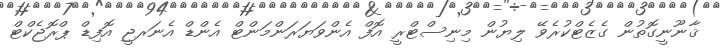
ޤާނޫނީގޮތުން ގެޒެޓްކުރެވޭ ލިޔުން މިނިސްޓްރީ އޮފް އެންވަޔަރަންމަންޓް އެންޑް އެނަރޖީ އޮފިޑް ޕްރޮޖެކްޓް